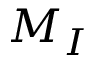
M _ { I }